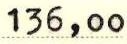
136,00